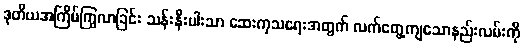
ဒုတိယအကြိမ်ကြွလာခြင်း သန်းနီးပါးသာ ဆေးကုသရေးအတွက် လက်တွေ့ကျသောနည်းလမ်းကို